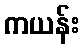
ကယန်း